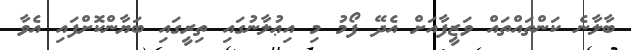
ބާލާނެ ކަންތައްތައް ވަޒީފާއަށް އެދޭ ފޯމު މި އިޢުލާނުގައި ތިރީގައި ބަޔާންކޮށްފައި އެވާ